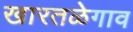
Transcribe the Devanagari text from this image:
खारतळेगाव